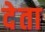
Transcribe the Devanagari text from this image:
देेता